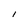
Character: I